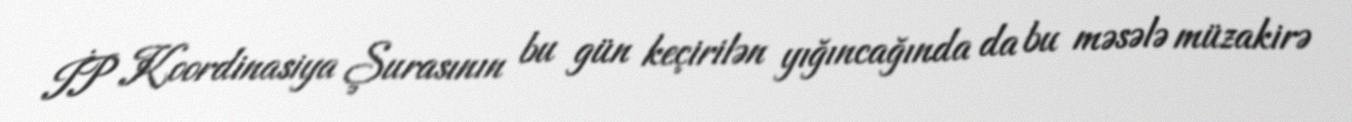
İP Koordinasiya Şurasının bu gün keçirilən yığıncağında da bu məsələ müzakirə